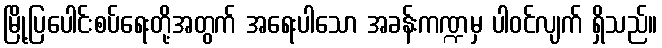
မြို့ပြပေါင်းစပ်ရေးတို့အတွက် အရေးပါသော အခန်းကဏ္ဍမှ ပါဝင်လျက် ရှိသည်။